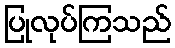
ပြုလုပ်ကြသည်